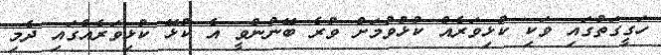
ހަގީގަތުގައި ވަކި ކުޅިވަރެއް ކުުޅުވުމަށް ވުރެ ބޭނުންވީ އެ ކުޅޭ ކުޅިވަރެއްގައި ދެމި